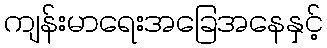
ကျန်းမာရေးအခြေအနေနှင့်